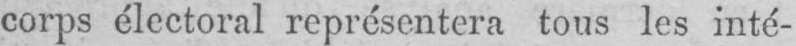
corps électoral représentera tous les inté-